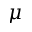
\mu